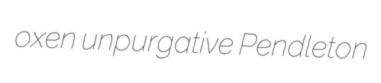
oxen unpurgative Pendleton